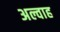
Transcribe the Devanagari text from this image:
अल्वाह